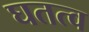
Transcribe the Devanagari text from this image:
घतत्व